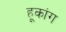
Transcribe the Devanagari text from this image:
हूकांग